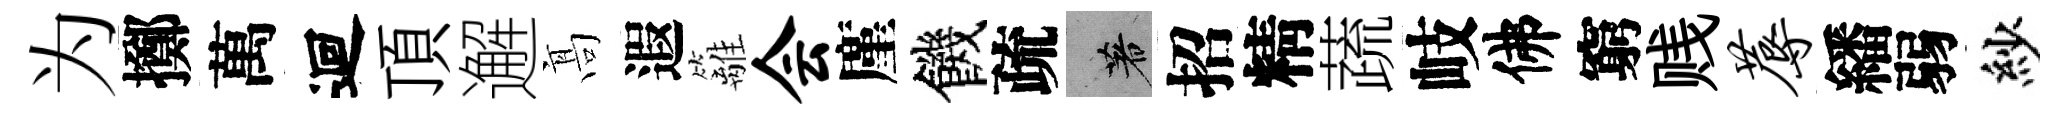
为擲萬迴頂邂髙遐籬会廑饑疏著招精蔬岐佛窮贱蓐繙弱紗